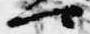
可